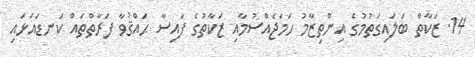
14. ޒަކާތް ބަލައިގަތުމުގެ އިންތިޒާމު ހަމަޖެއްސުމާއި ޒަކާތުގެ ފައިސާ ޙައްޤުވާ ފަރާތްތައް ކަނޑައަޅައި